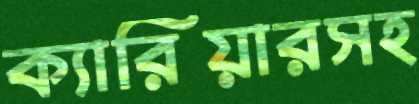
ক্যারিয়ারসহ